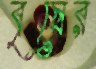
বৃষের